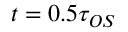
t = 0 . 5 \tau _ { O S }